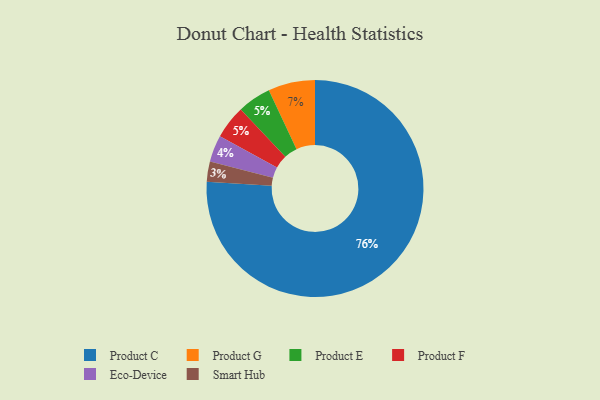
{"axis": {"x": "Category", "y": "Percentage"}, "legend": ["Eco-Device", "Product C", "Product E", "Product F", "Product G", "Smart Hub"], "data": [{"x": "Product G", "y": 7, "type": "Product G"}, {"x": "Product E", "y": 5, "type": "Product E"}, {"x": "Product F", "y": 5, "type": "Product F"}, {"x": "Eco-Device", "y": 4, "type": "Eco-Device"}, {"x": "Product C", "y": 76, "type": "Product C"}, {"x": "Smart Hub", "y": 3, "type": "Smart Hub"}]}